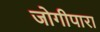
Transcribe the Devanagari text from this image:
जोगीपारा